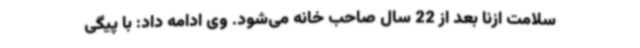
سلامت ازنا بعد از 22 سال صاحب‌ خانه می‌شود. وی ادامه داد: با پیگی